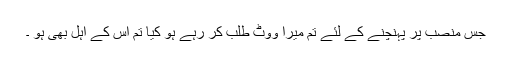
جس منصب پر پہنچنے کے لئے تم میرا ووٹ طلب کر رہے ہو کیا تم اُس کے اہل بھی ہو ۔